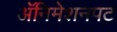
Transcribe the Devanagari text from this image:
अॅनिमेशनपट